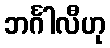
ဘင်္ဂါလီဟု